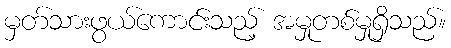
မှတ်သားဖွယ်ကောင်းသည့် အမှုတစ်မှုရှိသည်။